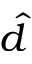
\hat { d }